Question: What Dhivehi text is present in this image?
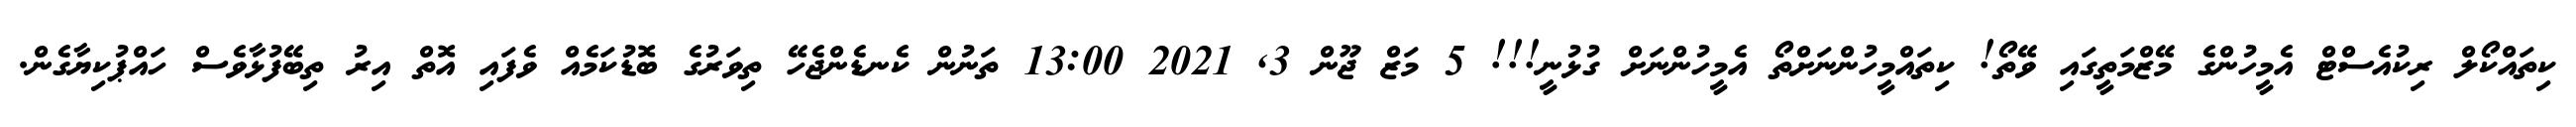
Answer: ކިތައްކޯލް ރިކުއެސްޓް އެމީހުންގެ މޭޒްމަތީގައި ވޭތޯ! ކިތައްމީހުންނަށްތޯ އެމީހުންނަށް ގުޅުނީ!!! 5 މަޒް ޖޫން 3, 2021 13:00 ތަނުން ކެނޑެންޖެހޭ ތިވަރުގެ ބޮޑުކަމެއް ވެފައި އޮތް އިރު ތިބޭފުޅާވެސް ހައްޕުކިޔާގެން.